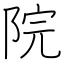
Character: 院